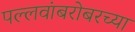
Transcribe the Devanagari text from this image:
पल्लवांबरोबरच्या